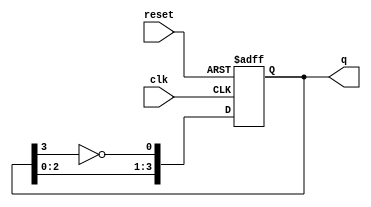
module johnson_counter #(
    parameter N = 4  // Number of flip-flops (adjust as needed)
)(
    input wire clk,         // Clock signal
    input wire reset,       // Asynchronous reset signal
    output reg [N-1:0] q    // Output of the counter
);

// Internal signal for the feedback
wire feedback;

// Assign feedback as the inverted output of the last flip-flop
assign feedback = ~q[N-1];

// Sequential logic for the Johnson counter
always @(posedge clk or posedge reset) begin
    if (reset) begin
        q <= 0;  // Reset all flip-flops to 0
    end else begin
        // Shift the state with feedback
        q <= {q[N-2:0], feedback};
    end
end

endmodule